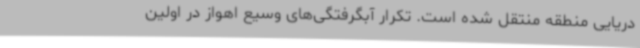
دریایی منطقه منتقل شده است. تکرار آبگرفتگی‌های وسیع اهواز در اولین